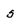
Character: 5